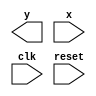
// ------------------------------------
// -- Fernando Silva
// -- Matricula: 414506
// ------------------------------------

//constant definitions
`define found		1
`define notfound	0

//FSM by Moore
module moore1010(y,x,clk,reset);
	output y;
	input x;
	input clk;
	input reset;
	
	reg y;
	
	parameter	//state identifiers
		start = 3'b000,
		id1 = 3'b001,
		id10 = 3'b011,
		id101 = 3'b010,
		id1010 = 3'b110; //signal found
		
		reg [1:0] E1;	//current state variables
		reg [1:0] E2;	//next state logic output
		
		//next state logic
		always @ (x or E1)
			begin
				y = `notfound;
				
				case (E1)
					start:
						if (x)
							E2 = id1;
						else
							E2 = start;
					id1:
						if (x)
							E2 = id1;
						else
							E2 = id10;
					id10:
						if (x)
							E2 = id101;
						else
							E2 = start;
					id101:
						if (x)
							E2 = id1;
						else
							E2 = id1010;
					id1010:
						E2 = start;
					default:		//undefined state
						E2 = 2'bxx;
				endcase
			end //always at signal or state changing
			
		//state variables
			always @ (posedge clk or negedge reset)
				begin
					if (reset)
						E1 = E2;	//updates current state
					else
						E1 = start;	//reset
				end //always at signal changing
				
		//ouput logic
			always @ (E1)
				begin
					y = E1[2]; //first bit of state value
				end //always at state changing
				
endmodule //moore1101

// -----------
//	Test Moore
// -----------
module testMoore1101;
	reg x,reset,clk;
	wire y;
	
	moore1010 m1(y,x,clk,reset);
	
	initial
		begin
			x = 1'b1;
			reset = 1'b1;
			clk = 1'b0;
		end
	
	initial
		begin
		
		$display("Moore1010\nNome: Fernando Silva\nMatricula: 414506");
		
		$display("Clk  Rst  x  y");
		#2 x = 1'b0;
		#2 x = 1'b1;
		#2 x = 1'b0;
		#4 $finish;
		end
		
	always
		#1 clk = ~clk;
	
	always @(posedge clk)
		begin
			$display("%d	%b  %b  %b",$time,reset,x,y);
		end

endmodule //testMoore